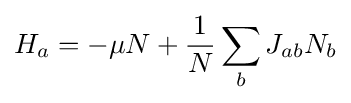
H_{a}=-\mu N+{\frac {1}{N}}\sum _{b}J_{ab}N_{b}